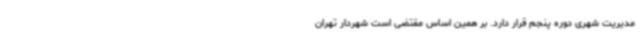
مدیریت شهری دوره پنجم قرار دارد. بر همین اساس مقتضی است شهردار تهران